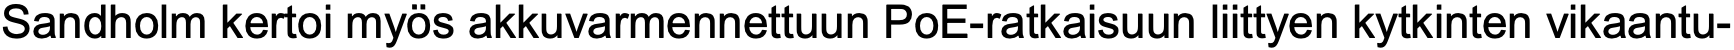
Sandholm kertoi myös akkuvarmennettuun PoE-ratkaisuun liittyen kytkinten vikaantu-